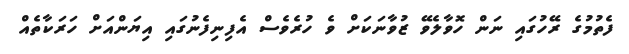
ފެތުމުގެ ރޭހުގައި ނަން ހޮވާލެވޭ ޒުވާނަކަށް ވެ ހުރެވެސް އެފިނިފެނުގައި އިޔަންއަށް ހަރަކާތެއް